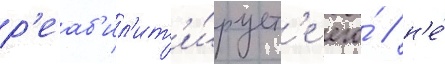
р'еаб'ил'ит'и́рует'е его́ / н'е́